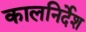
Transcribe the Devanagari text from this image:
कालनिर्देश